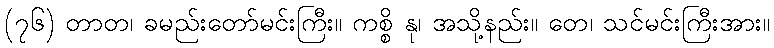
(၇၆) တာတ၊ ခမည်းတော်မင်းကြီး။ ကစ္စိ နု၊ အသို့နည်း။ တေ၊ သင်မင်းကြီးအား။